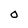
Character: 0